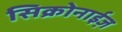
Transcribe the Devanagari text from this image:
सिक्रोनाईज़